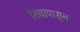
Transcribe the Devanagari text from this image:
शिवापासुन